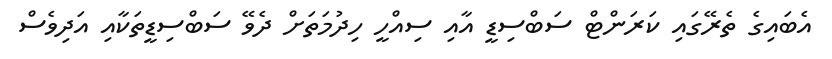
އެބައިގެ ތެރޭގައި ކަރަންޓް ސަބްސިޑީ އާއި ސިއްހީ ހިދުމަތަށް ދެވޭ ސަބްސިޑީތަކާއި އަދިވެސް